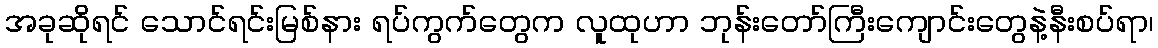
အခုဆိုရင် သောင်ရင်းမြစ်နား ရပ်ကွက်တွေက လူထုဟာ ဘုန်းတော်ကြီးကျောင်းတွေနဲ့နီးစပ်ရာ၊